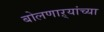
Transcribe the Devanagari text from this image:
बोलणाऱ्यांच्या